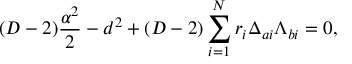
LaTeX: ( D - 2 ) { \frac { \alpha ^ { 2 } } { 2 } } - d ^ { 2 } + ( D - 2 ) \sum _ { i = 1 } ^ { N } r _ { i } \Delta _ { a i } \Lambda _ { b i } = 0 ,